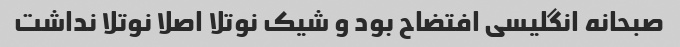
صبحانه انگلیسی افتضاح بود و شیک نوتلا اصلا نوتلا نداشت